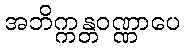
အဘိက္ကန္တဝဏ္ဏာပေ